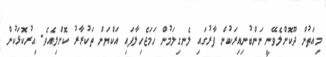
މިއަތުން ދޫކޮށްލެވޭނީ ނަންބުނިއިރަކުން ފާރުގައި ލެނގިލަމުން ހަމަޖެހިލާފައި އަކްޔަން ތަކުރާރު ކޮށްލިއެވެ. އިރުކޮޅަކުން